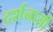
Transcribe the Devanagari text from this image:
दर्शनासी